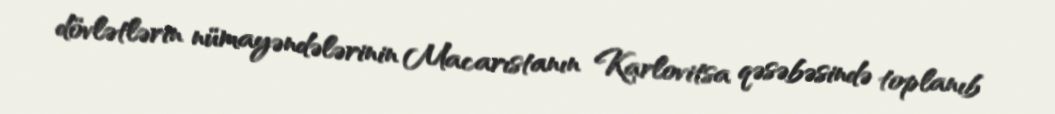
dövlətlərin nümayəndələrinin Macarıstanın Karlovitsa qəsəbəsində toplanıb